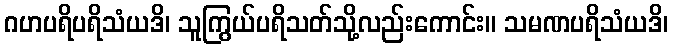
ဂဟပရိပရိသံယဒိ၊ သူကြွယ်ပရိသတ်သို့လည်းကောင်း။ သမဏပရိသံယဒိ၊